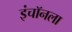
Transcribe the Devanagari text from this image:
इंचॉनला